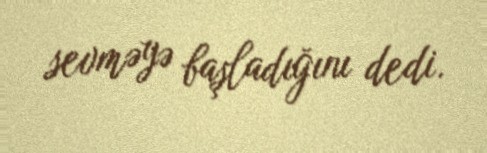
sevməyə başladığını dedi.